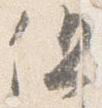
但